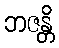
ဘဇန္တိ